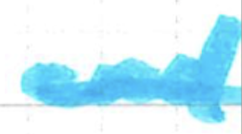
Text: and
Cross-out: single-line
Writing tool: marker